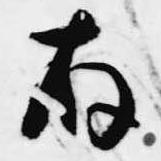
存